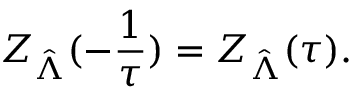
Z _ { \hat { \Lambda } } ( - \frac 1 \tau ) = Z _ { \hat { \Lambda } } ( \tau ) .